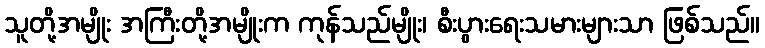
သူတို့အမျိုး အကြီးတို့အမျိုးက ကုန်သည်မျိုး၊ စီးပွားရေးသမားများသာ ဖြစ်သည်။